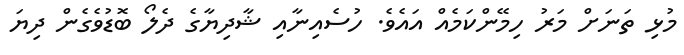
މުޅި ތަނަށް މަރު ހިމޭންކަމެއް އައެވެ. ހުސެއިނާއި ޝާދިޔާގެ ދެލޯ ބޮޑުވެގެން ދިޔަ